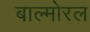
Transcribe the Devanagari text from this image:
बाल्मोरल